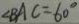
\angle B A C = 6 0 ^ { \circ }